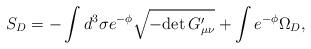
LaTeX: \begin{align*}S_D = -\int d^3 \sigma e^{-\phi} \sqrt{-{\rm det}\, G^{\prime}_{\mu\nu}} +\int e^{-\phi} \Omega_D , \end{align*}